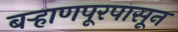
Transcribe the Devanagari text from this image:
बऱ्हाणपूरपासून